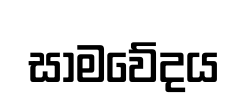
සාමවේදය